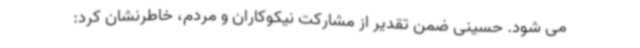
می شود. حسینی ضمن تقدیر از مشارکت نیکوکاران و مردم، خاطرنشان کرد: